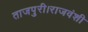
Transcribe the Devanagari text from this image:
ताजपुरी।राजवंशी